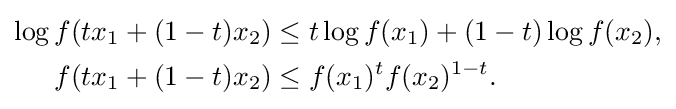
{\begin{aligned}\log f(tx_{1}+(1-t)x_{2})&\leq t\log f(x_{1})+(1-t)\log f(x_{2}),\\f(tx_{1}+(1-t)x_{2})&\leq f(x_{1})^{t}f(x_{2})^{1-t}.\end{aligned}}